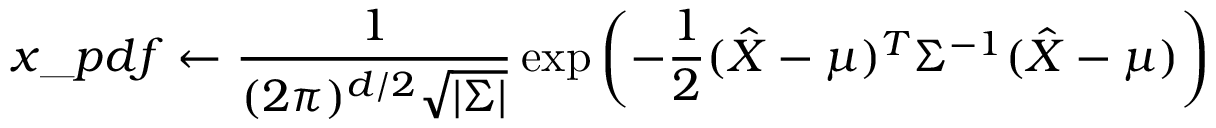
x \_ p d f \leftarrow \frac { 1 } { ( 2 \pi ) ^ { d / 2 } \sqrt { | \Sigma | } } \exp \left( - \frac { 1 } { 2 } ( \hat { X } - \mu ) ^ { T } \Sigma ^ { - 1 } ( \hat { X } - \mu ) \right)